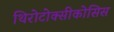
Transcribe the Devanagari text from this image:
थिरोटोक्सीकोसिस